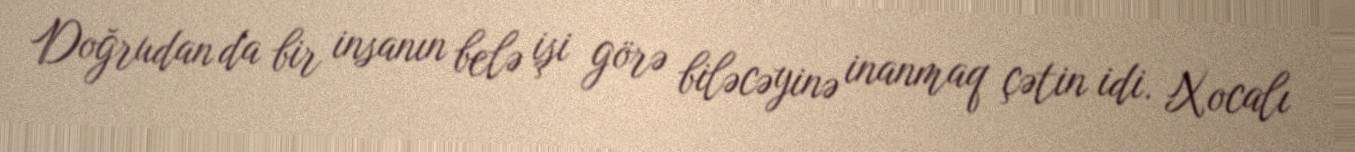
Doğrudan da bir insanın belə işi görə biləcəyinə inanmaq çətin idi. Xocalı